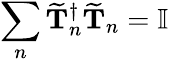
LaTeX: \sum_{n}\mathbf{\widetilde{T}}_{n}^{\dagger}\mathbf{\widetilde{T}}_{n}=\mathbb{I}